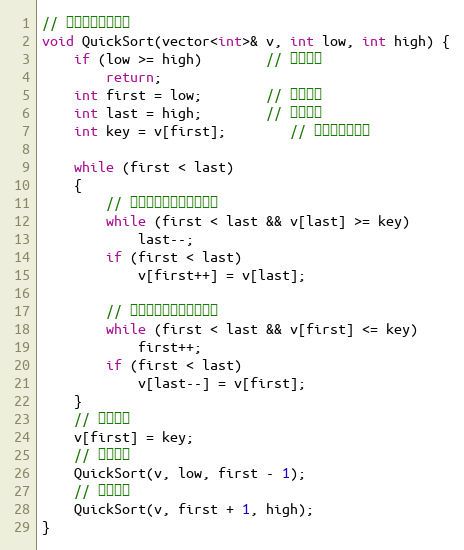
Language: C
// 快速排序（递归）
void QuickSort(vector<int>& v, int low, int high) {
	if (low >= high)		// 结束标志
		return;
	int first = low;		// 低位下标
	int last = high;		// 高位下标
	int key = v[first];		// 设第一个为基准

	while (first < last)
	{
		// 将比第一个小的移到前面
		while (first < last && v[last] >= key)
			last--;
		if (first < last)
			v[first++] = v[last];

		// 将比第一个大的移到后面
		while (first < last && v[first] <= key)
			first++;
		if (first < last)
			v[last--] = v[first];
	}
	// 基准置位
	v[first] = key;
	// 前半递归
	QuickSort(v, low, first - 1);
	// 后半递归
	QuickSort(v, first + 1, high);
}